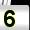
Digit: 5